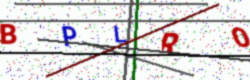
Text: BPLRO